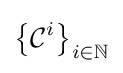
\left\{{\mathcal {C}}^{i}\right\}_{i\in \mathbb {N} }